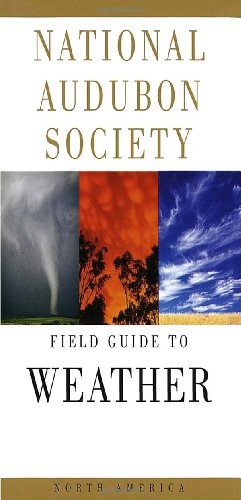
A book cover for National Audubon Society Field Guide to North American Weather; David Ludlum; Science & Math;